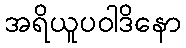
အရိယူပဝါဒိနော